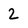
Character: 2